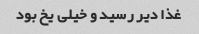
غذا دیر رسید و خیلی یخ بود